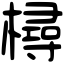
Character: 樳